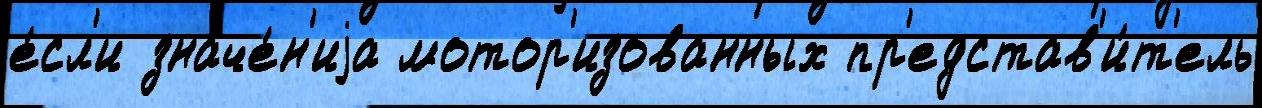
е́сл'и значе́н'иjа мотор'изованных пр'едстав'и́т'ель